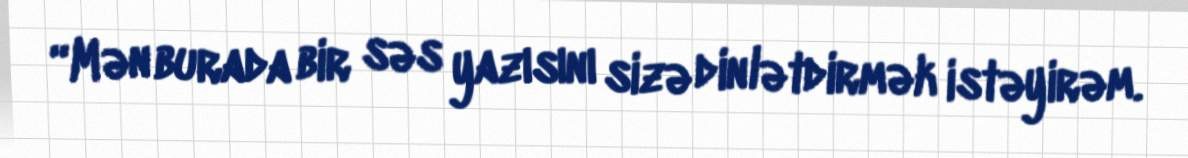
“Mən burada bir səs yazısını sizə dinlətdirmək istəyirəm.